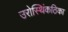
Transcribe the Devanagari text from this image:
उरोस्थिंकठिका